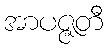
အာပဇ္ဇတီ